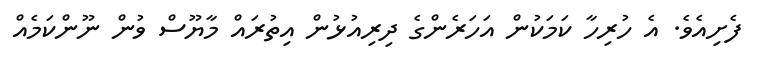
ފެށިއެވެ. އެ ހުރިހާ ކަމަކުން އަހަރެންގެ ދިރިއުޅުން އިތުރައް މާޔޫސް ވުން ނޫންކަމެއް